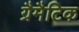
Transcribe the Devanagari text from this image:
ग्रैमैटिक